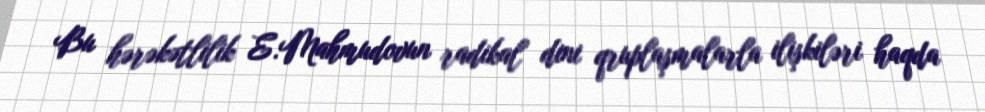
Bu hərəkətlilik E.Mahmudovun radikal dini qruplaşmalarla ilişkiləri haqda